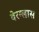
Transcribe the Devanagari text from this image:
वेरग्लास